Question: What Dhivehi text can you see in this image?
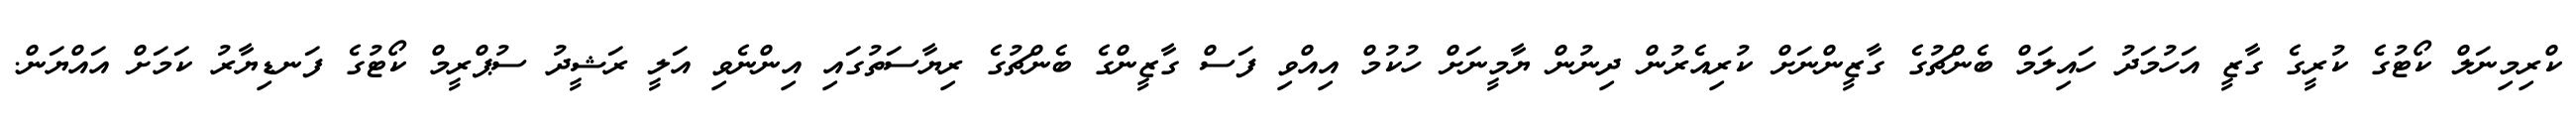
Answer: ކްރިމިނަލް ކޯޓުގެ ކުރީގެ ގާޒީ އަހުމަދު ހައިލަމް ބެންޗުގެ ގާޒީންނަށް ކުރިއެރުން ދިނުން ޔާމީނަށް ހުކުމް އިއްވި ފަސް ގާޒީންގެ ބެންޗުގެ ރިޔާސަތުގައި އިންނެވި އަލީ ރަޝީދު ސުޕްރީމް ކޯޓުގެ ފަނޑިޔާރު ކަމަށް އައްޔަން.